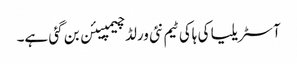
آسٹریلیا کی ہاکی ٹیم نئی ورلڈ چیمپیئن بن گئی ہے۔